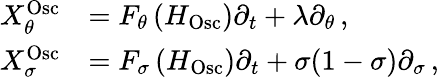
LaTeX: \begin{array}{rl}{X_{\theta}^{\mathrm{Osc}}}&{=F_{\theta}\left(H_{\mathrm{Osc}}\right)\partial_{t}+\lambda\partial_{\theta}\, ,}\\ {X_{\sigma}^{\mathrm{Osc}}}&{=F_{\sigma}\left(H_{\mathrm{Osc}}\right)\partial_{t}+\sigma(1-\sigma)\partial_{\sigma}\, ,}\end{array}